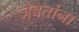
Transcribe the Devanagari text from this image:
जेवतांना